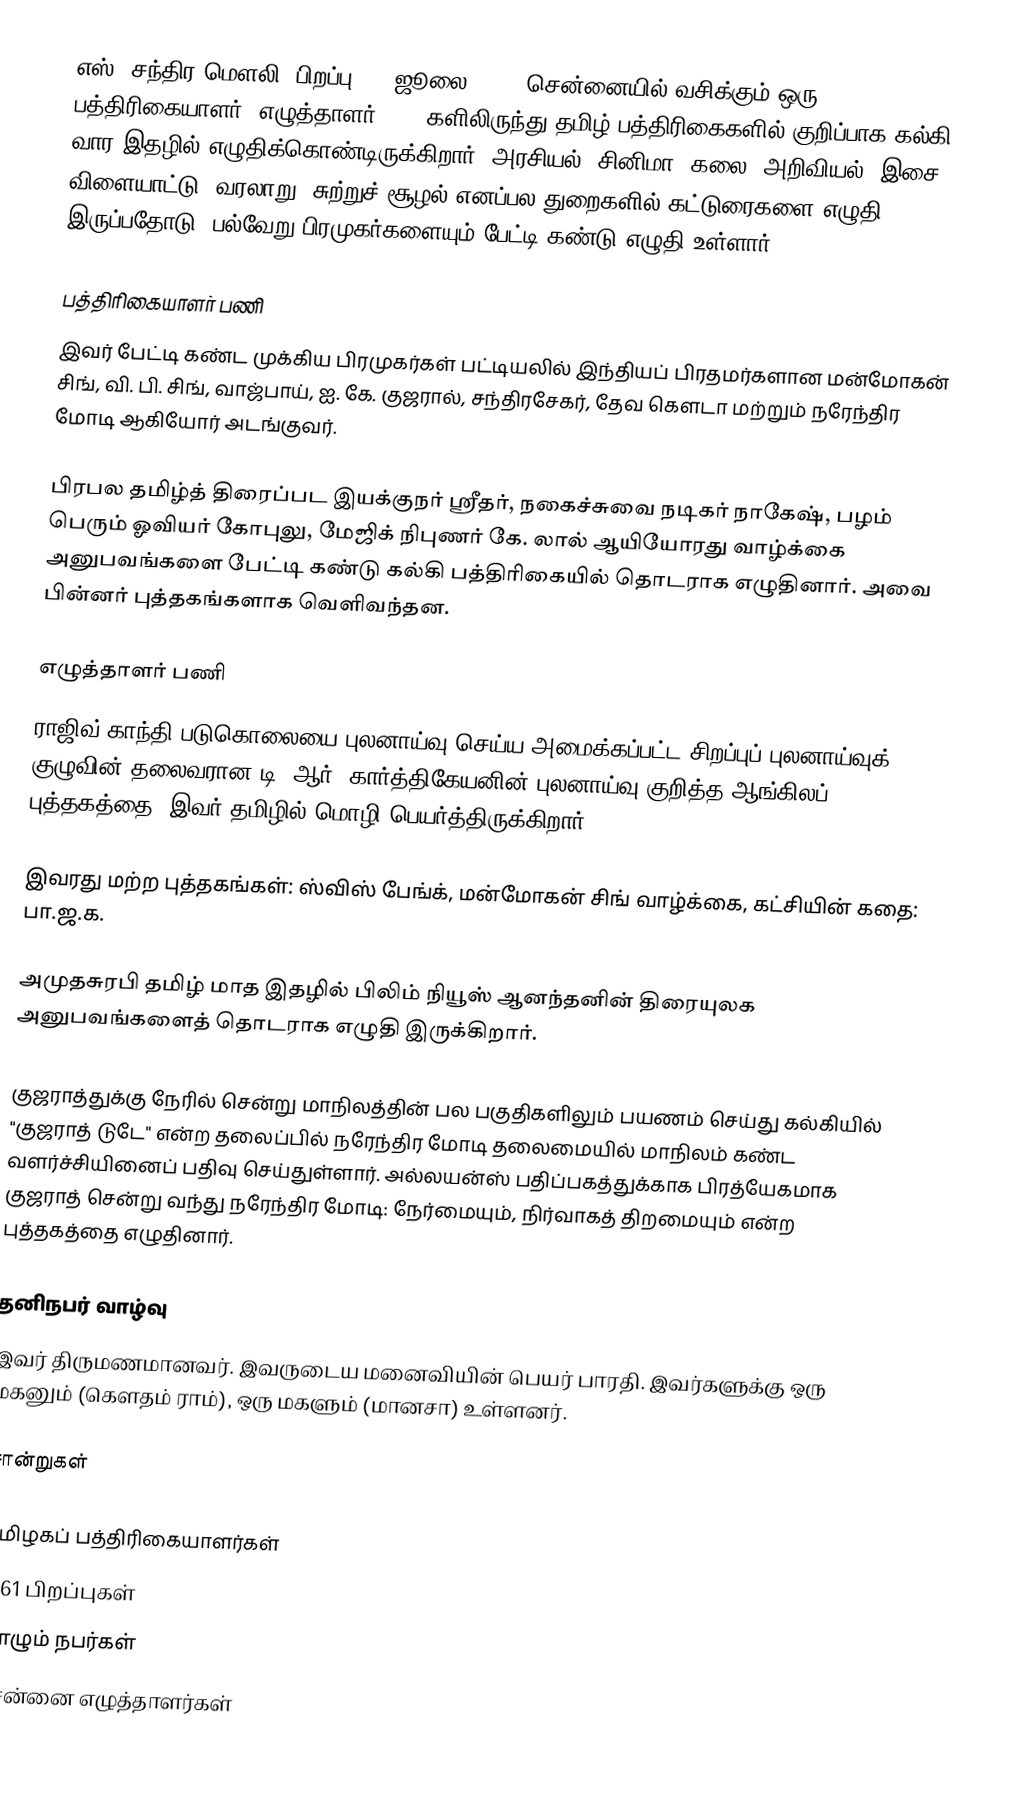
எஸ். சந்திர மௌலி (பிறப்பு: 12 ஜூலை 1961) சென்னையில் வசிக்கும் ஒரு பத்திரிகையாளர், எழுத்தாளர். 1990களிலிருந்து தமிழ் பத்திரிகைகளில் குறிப்பாக கல்கி வார இதழில் எழுதிக்கொண்டிருக்கிறார். அரசியல், சினிமா, கலை, அறிவியல், இசை, விளையாட்டு, வரலாறு, சுற்றுச் சூழல் எனப்பல துறைகளில் கட்டுரைகளை எழுதி இருப்பதோடு, பல்வேறு பிரமுகர்களையும் பேட்டி கண்டு எழுதி உள்ளார்.

பத்திரிகையாளர் பணி
இவர் பேட்டி கண்ட முக்கிய பிரமுகர்கள் பட்டியலில் இந்தியப் பிரதமர்களான மன்மோகன் சிங், வி. பி. சிங், வாஜ்பாய், ஐ. கே. குஜரால், சந்திரசேகர், தேவ கௌடா  மற்றும் நரேந்திர மோடி ஆகியோர் அடங்குவர்.

பிரபல தமிழ்த் திரைப்பட இயக்குநர் ஸ்ரீதர், நகைச்சுவை நடிகர் நாகேஷ், பழம் பெரும் ஓவியர் கோபுலு, மேஜிக் நிபுணர் கே. லால் ஆயியோரது வாழ்க்கை அனுபவங்களை பேட்டி கண்டு கல்கி பத்திரிகையில் தொடராக எழுதினார். அவை பின்னர் புத்தகங்களாக வெளிவந்தன.

எழுத்தாளர் பணி
ராஜிவ் காந்தி படுகொலையை புலனாய்வு செய்ய அமைக்கப்பட்ட சிறப்புப் புலனாய்வுக் குழுவின் தலைவரான டி. ஆர். கார்த்திகேயனின் புலனாய்வு குறித்த ஆங்கிலப் புத்தகத்தை, இவர் தமிழில் மொழி பெயர்த்திருக்கிறார்.

இவரது மற்ற புத்தகங்கள்: ஸ்விஸ் பேங்க், மன்மோகன் சிங் வாழ்க்கை, கட்சியின் கதை: பா.ஜ.க.

அமுதசுரபி தமிழ் மாத இதழில் பிலிம் நியூஸ் ஆனந்தனின் திரையுலக அனுபவங்களைத் தொடராக எழுதி இருக்கிறார்.

குஜராத்துக்கு நேரில் சென்று மாநிலத்தின் பல பகுதிகளிலும் பயணம் செய்து கல்கியில் "குஜராத் டுடே" என்ற தலைப்பில் நரேந்திர மோடி தலைமையில் மாநிலம் கண்ட வளர்ச்சியினைப் பதிவு செய்துள்ளார். அல்லயன்ஸ் பதிப்பகத்துக்காக பிரத்யேகமாக குஜராத் சென்று வந்து நரேந்திர மோடி: நேர்மையும், நிர்வாகத் திறமையும் என்ற புத்தகத்தை எழுதினார்.

தனிநபர் வாழ்வு
இவர் திருமணமானவர். இவருடைய மனைவியின் பெயர் பாரதி. இவர்களுக்கு ஒரு மகனும் (கௌதம் ராம்), ஒரு மகளும் (மானசா) உள்ளனர்.

சான்றுகள்

தமிழகப் பத்திரிகையாளர்கள்
1961 பிறப்புகள்
வாழும் நபர்கள்
சென்னை எழுத்தாளர்கள்